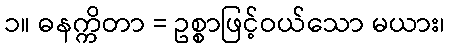
၁။ ဓနက္ကိတာ = ဥစ္စာဖြင့်ဝယ်သော မယား၊